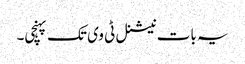
یہ بات نیشنل ٹی وی تک پہنچی۔